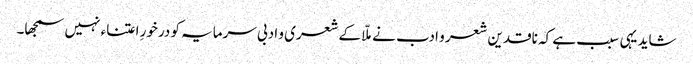
شاید یہی سبب ہے کہ ناقدین شعر و ادب نے ملّا کے شعری و ادبی سرمایہ کو درخورِ اعتناء نہیں سمجھا۔